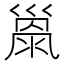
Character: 𢀂